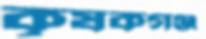
কৃষকগঞ্জ